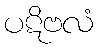
ပဋိဗလံ